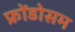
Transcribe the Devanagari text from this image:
फ्रोंडोसम